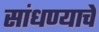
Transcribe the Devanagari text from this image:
सांधण्याचे